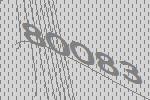
80083